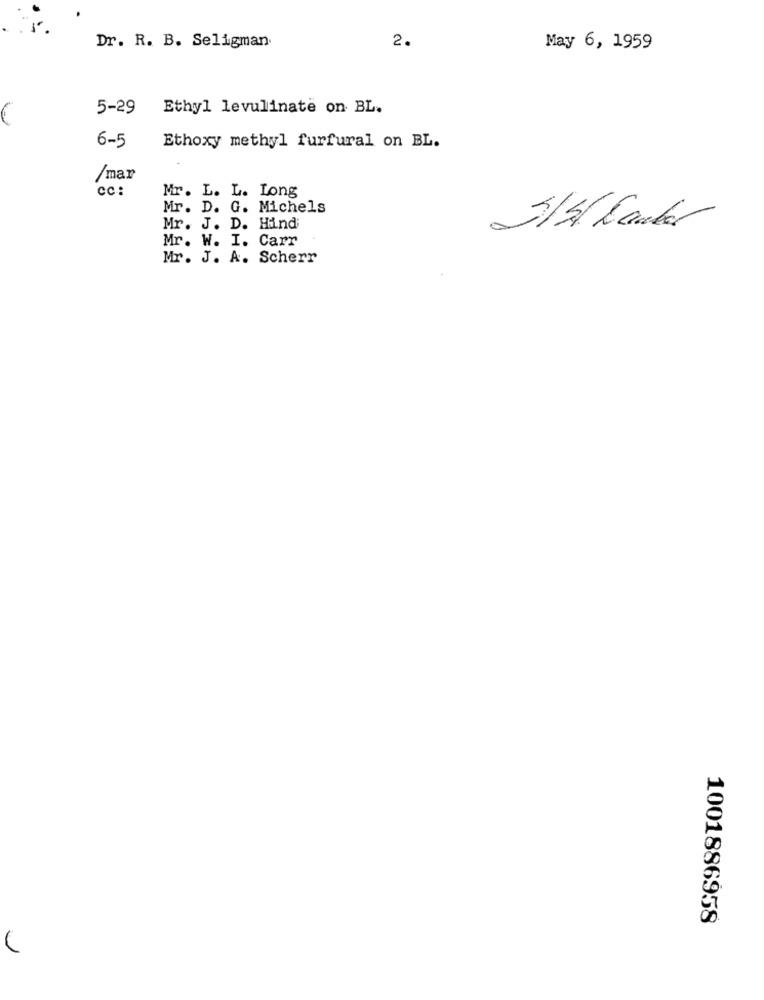
2.
Dr. R. B. Seligman.
May 6, 1959
5-29
Ethyl levulinate on BL.
6-5
Ethoxy methyl furfural on BL.
/mar
Mr. L. L. Long
cc:
Mr. D. G. Michels
Mr. J. D. Hind
Mr. W. I. Carr
Mr. J. A. Scherr
1001886958